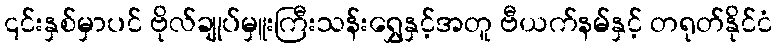
၎င်းနှစ်မှာပင် ဗိုလ်ချုပ်မှူးကြီးသန်းရွှေနှင့်အတူ ဗီယက်နမ်နှင့် တရုတ်နိုင်ငံ